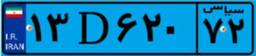
۱۳D۶۲۰۷۲